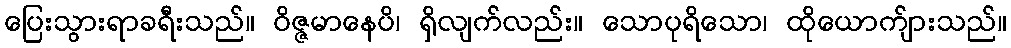
ပြေးသွားရာခရီးသည်။ ဝိဇ္ဇမာနေပိ၊ ရှိလျက်လည်း။ သောပုရိသော၊ ထိုယောက်ျားသည်။